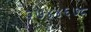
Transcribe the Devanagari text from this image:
२७४४६७८